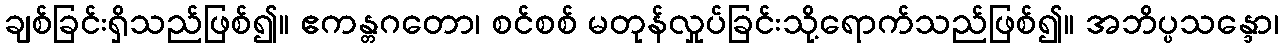
ချစ်ခြင်းရှိသည်ဖြစ်၍။ ဧကန္တဂတော၊ စင်စစ် မတုန်လှုပ်ခြင်းသို့ရောက်သည်ဖြစ်၍။ အဘိပ္ပသန္ဒော၊